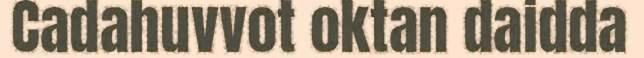
Cadahuvvot oktan daidda